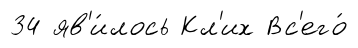
34 яв'и́лось Кл'их Вс'его́